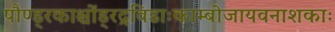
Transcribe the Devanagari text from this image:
पौण्ड्रकाश्चोंड्रद्रविडाःकाम्बोजायवनाशकाः